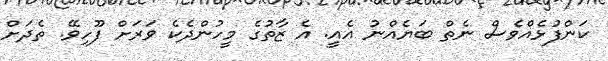
ކަންފުޅެއްވެސް ނެތް ބަޔެއްނު އެއީ. އެ ޒާތުގެ މީހުންދެކެ ވަރަށް ފޫހިވޭ. ތެދަށް